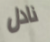
نادل